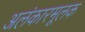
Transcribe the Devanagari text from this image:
अलंकारमूलक